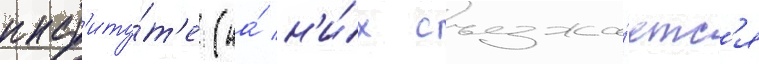
инст'иту́т'е (на́ н'и́х съезжа́етс'я